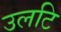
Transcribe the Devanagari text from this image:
उलटि